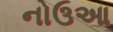
નોઉઆ